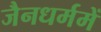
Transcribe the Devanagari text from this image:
जैनधर्ममें